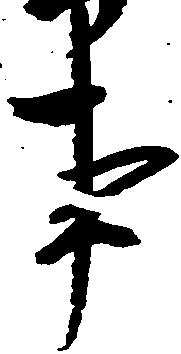
事